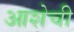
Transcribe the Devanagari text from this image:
आशेची